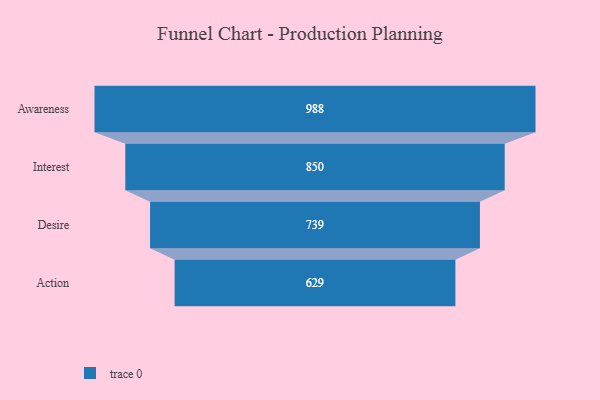
{"axis": {"x": "Stage", "y": "Value"}, "legend": [""], "data": [{"x": "Awareness", "y": 988.0, "type": ""}, {"x": "Interest", "y": 850.0, "type": ""}, {"x": "Desire", "y": 739.0, "type": ""}, {"x": "Action", "y": 629.0, "type": ""}]}